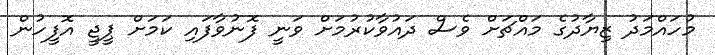
މުހައްމަދު ޒިޔާދުގެ މައްޗަށް ވެސް ދައުވާކުރުމަށް ވަނީ ފޮނުވާފައި ކަމަށް ޕީޖީ އޮފީހުން